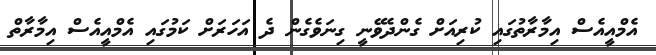
އެމްއީއެސް އިމާރާތުގައި ކުރިއަށް ގެންދެވޭނީ ގިނަވެގެން ދެ އަހަރަށް ކަމުގައި އެމްއީއެސް އިމާރާތް